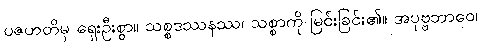
ပဇဟတိမှ ရှေးဦးစွာ။ သစ္စဒဿနဿ၊ သစ္စာကို မြင်းခြင်း၏။ အပုဗ္ဗဘာဝေ၊